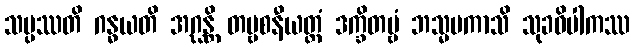
သမ္ပဿတိ ဂန္ဓယတိ အဂ္ဃန္တိ တဗ္ဗစနီယတ္တံ ဒက္ခိတဗ္ဗံ ဘသ္မမကာသိ သုခဝိပါကဿ